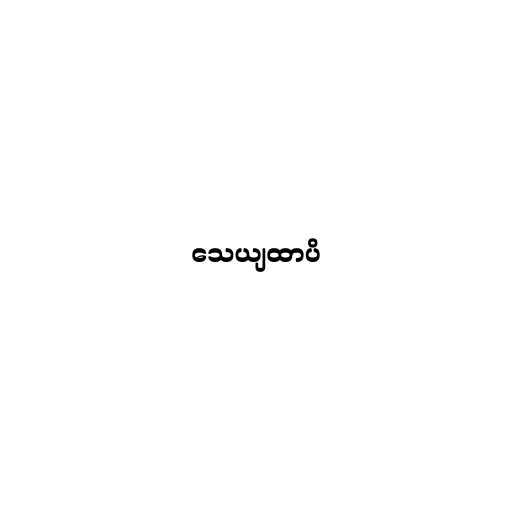
သေယျထာပိ